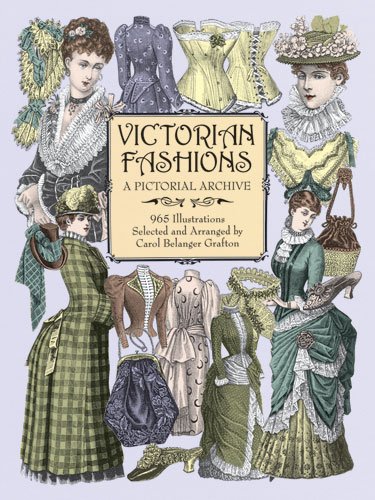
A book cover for Victorian Fashions: A Pictorial Archive, 965 Illustrations (Dover Pictorial Archive); Crafts, Hobbies & Home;